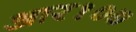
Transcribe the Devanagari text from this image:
आर१०७